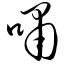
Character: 啸